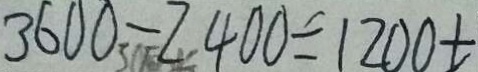
3 6 0 0 - 2 4 0 0 = 1 2 0 0 t